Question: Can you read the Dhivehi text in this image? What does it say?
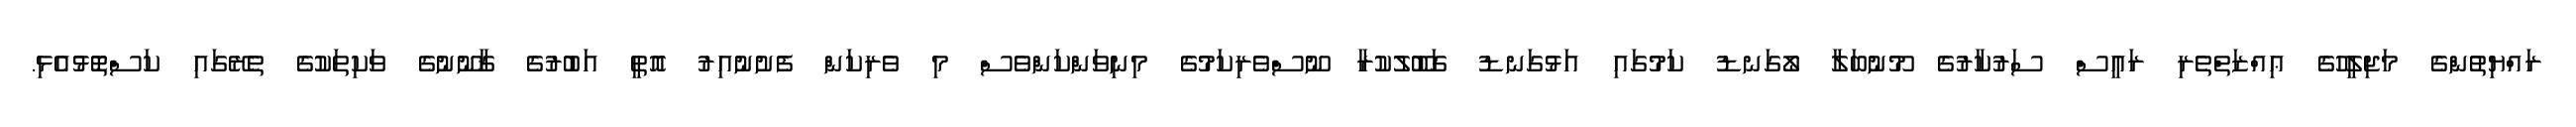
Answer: ރައްޔިތުންގެ މަޖިލީހުގެ ޢިއްޒަތްތެރި ރައީސް ސަރުކާރުގެ މޫނުބަލާ ލޯގަނޑު ކަމުގައި އަޅުގަނޑު ގަބޫލުކުރާ ނޫސްވެރިކަމުގެ މިނިވަންކަންވެސް މި ވެރިކަން ފެށުނުއިރު އޮތީ އަބުރުގެ ޤާނޫނުގެ ވަކިތަކުގެ ތެރޭގައި ކަސްތޮޅުއެޅި.